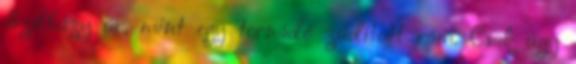
Szélházy úr, mint egy tornádó zúdított rám. Csak úgy